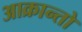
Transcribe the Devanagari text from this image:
आक्रान्तो